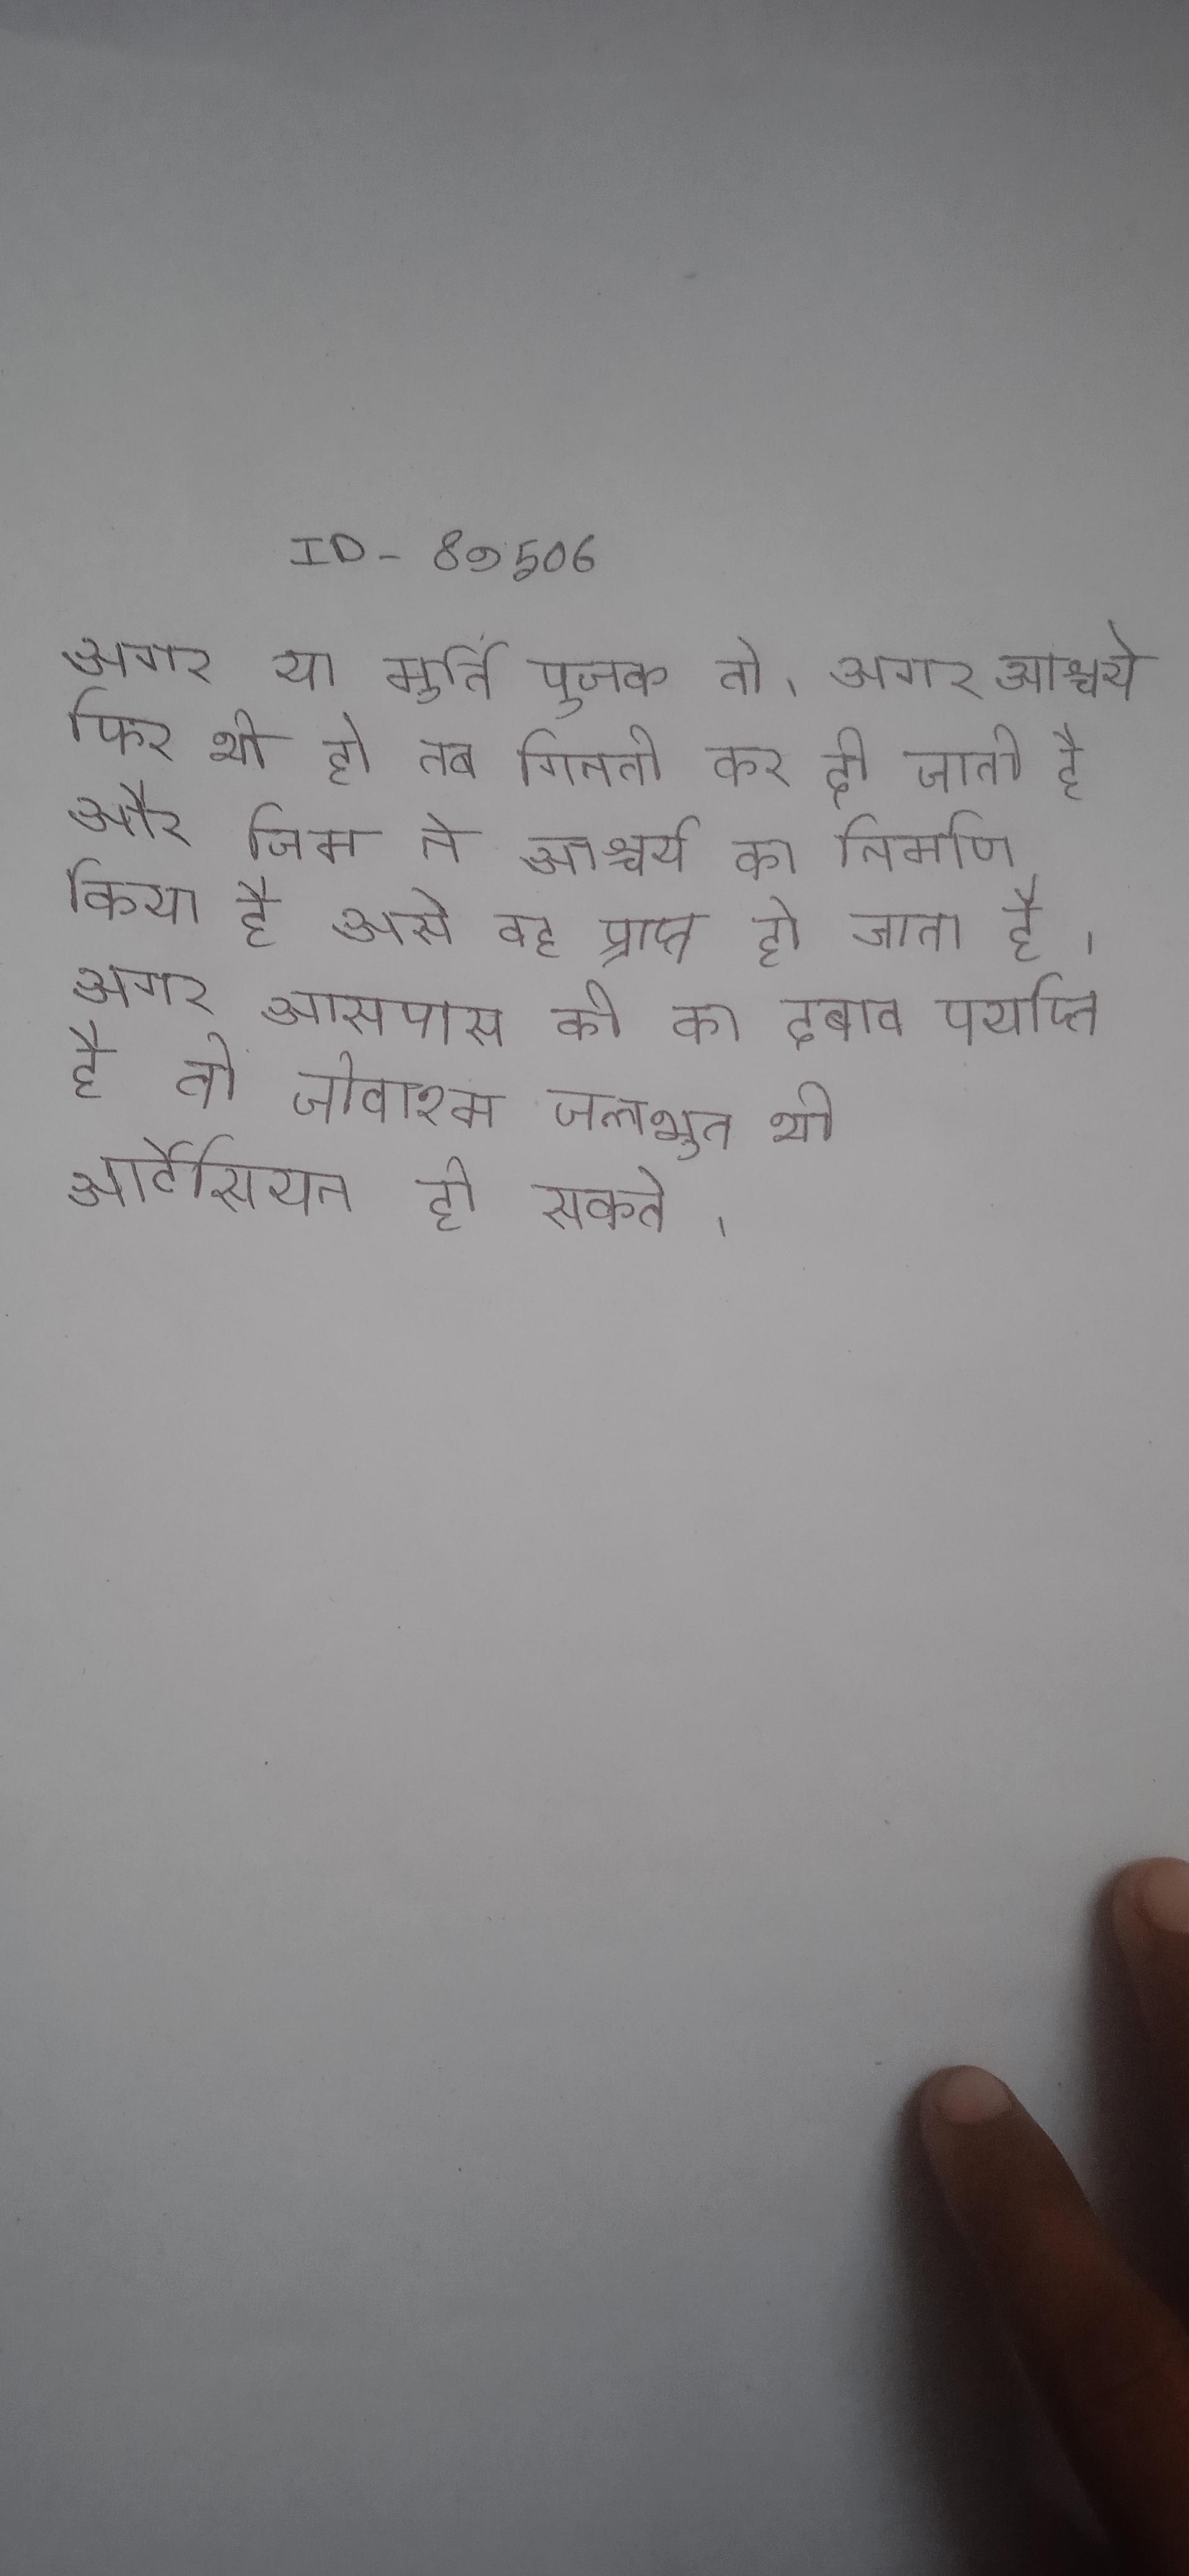
अपनी पुस्तक के जरिए कुश्ती को अलविदा कहने तथा परियोजना पर सात तक काम करने के बाद प्रोमोशन न करने को लेकर वे थे । अपनी पुस्तक के भीतर, फायरस्टोन का दावा है कि आधुनिक समाज तब तक वास्तविक रूप से बराबरी हासिल कर सकता जब तक कि की पहचान को उनके जैविक से अलग कर दिया जाता जाता ।